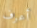
أعرف